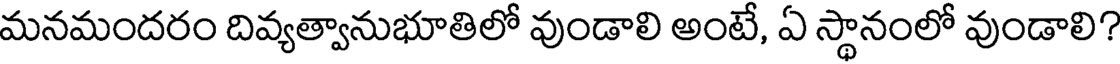
మనమందరం దివ్యత్వానుభూతిలో వుండాలి అంటే, ఏ స్థానంలో వుండాలి?